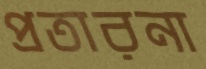
প্রতারনা